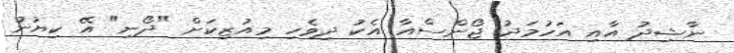
ނާޝިދު އާއި އަހުމަދު ޖޯންސްއާ އެކު ދިވެހި މިއުޒިކަށް "ދޯނި" އޭ ކިޔުނު